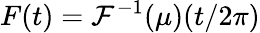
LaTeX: F(t)=\mathcal{F}^{-1}(\mu)(t/2\pi)